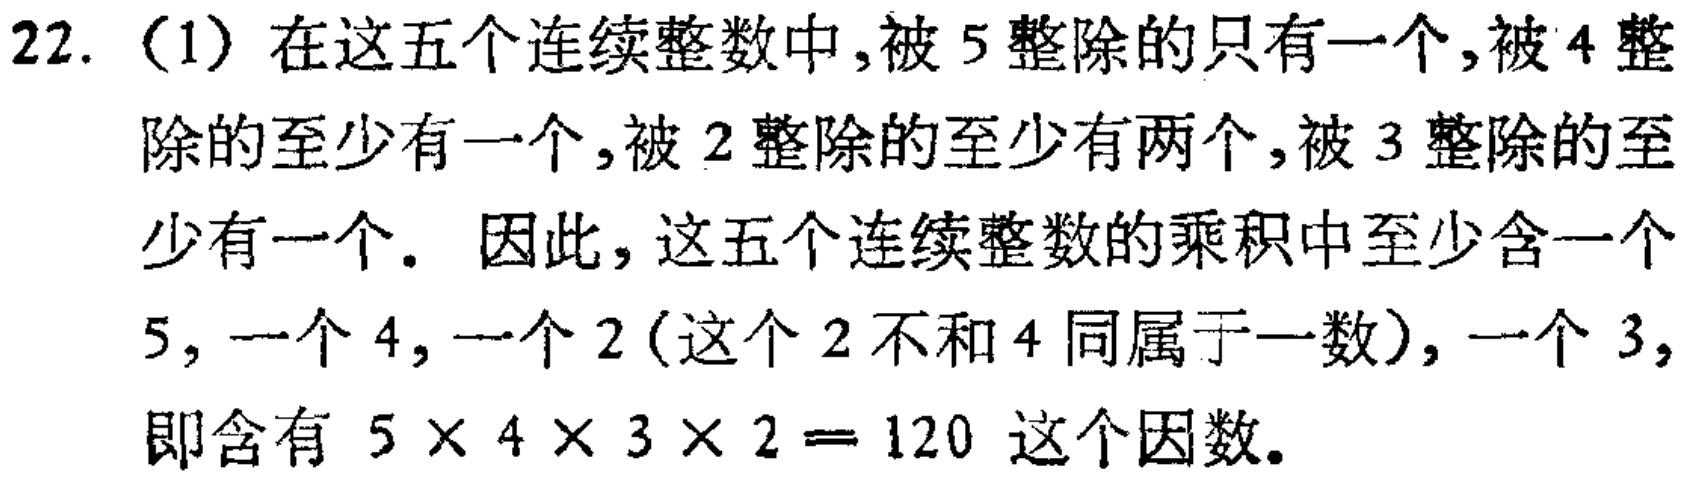
22. （1）在这五个连续整数中,被 \(5\) 整除的只有一个,被 \(4\) 整除的至少有一个,被 \(2\) 整除的至少有两个,被 \(3\) 整除的至少有一个. 因此, 这五个连续整数的乘积中至少含一个 \(5\), 一个 \(4\), 一个 \(2\) (这个 \(2\) 不和 \(4\) 同属于一数), 一个 \(3\), 即含有 \(5\times 4\times 3\times 2 = 120\) 这个因数.